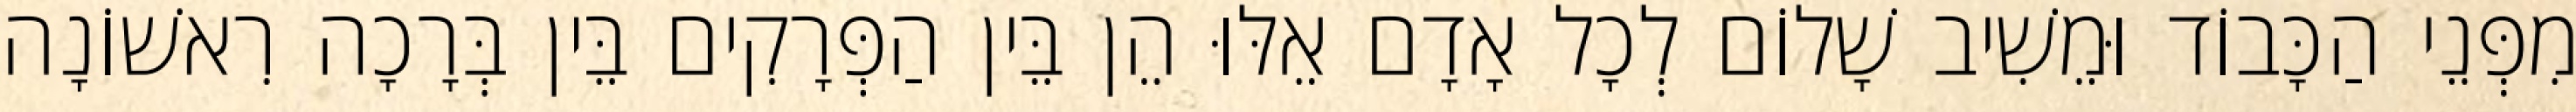
מִפְּנֵי הַכָּבוֹד וּמֵשִׁיב שָׁלוֹם לְכָל אָדָם אֵלּוּ הֵן בֵּין הַפְּרָקִים בֵּין בְּרָכָה רִאשׁוֹנָה